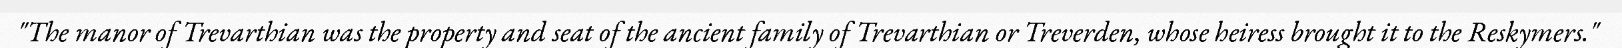
"The manor of Trevarthian was the property and seat of the ancient family of Trevarthian or Treverden, whose heiress brought it to the Reskymers."